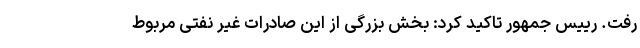
رفت. رییس جمهور تاکید کرد: بخش بزرگی از این صادرات غیر نفتی مربوط